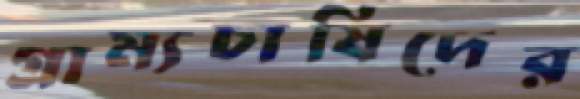
গ্রাম্যচাষিদের